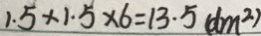
1 . 5 \times 1 . 5 \times 6 = 1 3 . 5 ( d m ^ { 2 } )